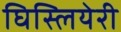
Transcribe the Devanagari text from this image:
घिस्लियेरी